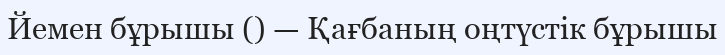
Йемен бұрышы () — Қағбаның оңтүстік бұрышы